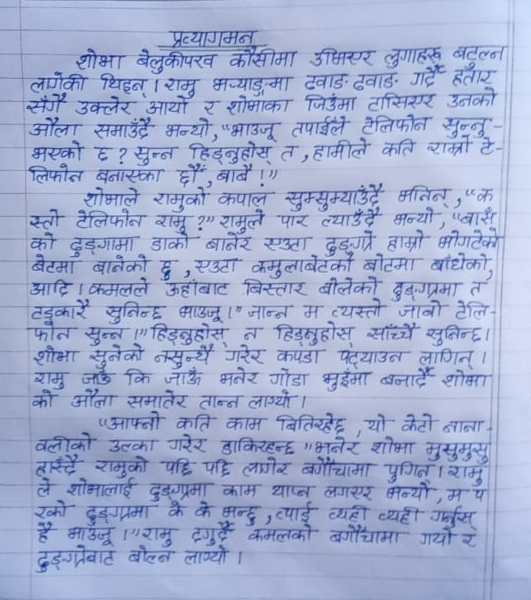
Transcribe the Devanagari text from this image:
शोभा बेलुकीपख कौसीमा उभिएर लुगाहरु बटुल्न
लागेकी थिइन् । रामु भऱ्याङमा ट्वाङ ढवाङ गर्दै हतार
सँगै उक्लेर आयो र शोष्मांका जिउँमा टासिएर उनको
औला समाउँदै भन्यो, “भाउजू तपाईले टेलिफोन सुन्नु-
भएको छ ? सुन्न हिड्नुहोस् त, हामीले कति राम्रो है-
लिफोन बनाएका छौं, बाबै !"
शोभाले रामुको कपाल सुम्सुम्याउँदै भनिन्, "क
स्तो टेलिफोन रामू ?" रामुले पार ल्याउँदै भन्यो, "बासै
को ढुड्‌गामा डाको बानेर एउटा ढुङ्‌गने हाम्रो भोगटेको
बेटमा बानेको छु, एउटा कमुलाबेटको बोटमा बाँधेको,
आदि । कमलले ऊहाँबाट बिस्तार बोलेको ढुङ्‌गत्रमा त
टड्‌कारै सुनिन्छ भाउजू ।" जान्न म त्यस्तो जाबो टेलि
फोन सुन्न ।" हिड्नुहोस् न हिड्नुहोस् साँच्चै सुनिन्छ ।
शोभा सुनेको नसुन्यै गरेर कपडा पंट्‌याउन लागिन् ।
रामु जाऊ कि जाऊँ भनेर गोडा भुइँमा बनार्दै शोमा
को औला समातेर तान्न लाग्यो।
"आफ्नो कति काम बितिरहेछ, यो केटो नाना-
वलीको उल्का गरेर डाकिरहन्छ " भनेर शोभा मुसुमुसु
हास्दै रामुको पछि पछि लागेर बगाँचामा पुगिन । रामु
ले शोभालाई दुङ्‌गामा काम थाप्न लगएर भन्यो, म प
रको ढुङ्‌गामा के के भन्छु, व्याई व्यही व्यही गर्नुस
है भाउजू ।" रामु दगुर्दै कमलको बगौचामा गयो र
ढुङ्‌गतेबाट बोल्न लाग्यो ।